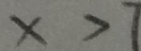
x > 7